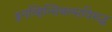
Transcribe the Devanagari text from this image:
इनव्हिन्सिबल्सविरुद्ध